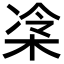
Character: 𪲜